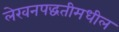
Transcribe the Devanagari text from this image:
लेखनपद्धतीमधील